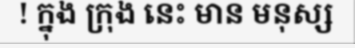
! ក្នុង ក្រុង នេះ មាន មនុស្ស